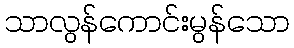
သာလွန်ကောင်းမွန်သော